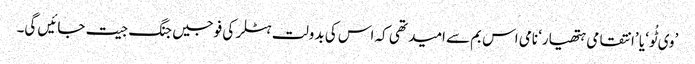
’وی ٹُو‘ یا ’انتقامی ہتھیار‘ نامی اس بم سے امید تھی کہ اس کی بدولت ہٹلر کی فوجیں جنگ جیت جائیں گی۔